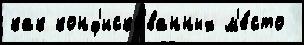
как конф'иско́ванных м'е́сто